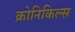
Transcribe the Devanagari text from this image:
क्रोनिकिल्स